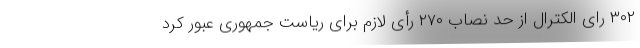
۳۰۲ رای الکترال از حد نصاب ۲۷۰ رأی لازم برای ریاست جمهوری عبور کرد